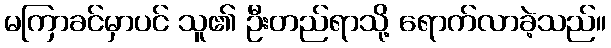
မကြာခင်မှာပင် သူ၏ ဦးတည်ရာသို့ ရောက်လာခဲ့သည်။